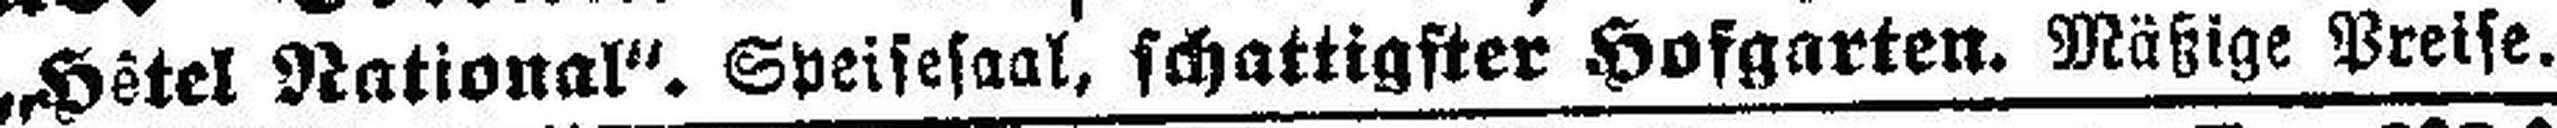
„Hôtel National“. Speisesaal, schattigster Hofgarten. Mäßige Preise.